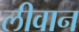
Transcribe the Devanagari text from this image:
लीवान